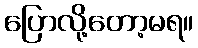
ပြောလို့တော့မရ။